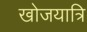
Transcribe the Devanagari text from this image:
खोजयात्रि